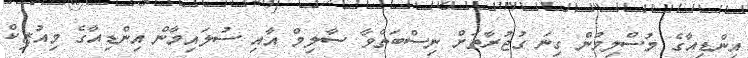
އިންޑިއާގެ މުސްލިމުން ގިނަ ގުޖުރާތަށް ނިސްބަތްވާ ސާލިމް އާއި ސުލައިމާން އިންޑިއާގެ މިއުޒިކް